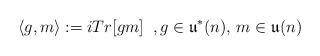
LaTeX: \begin{align*}\langle g , m\rangle := i Tr[gm] \;\; , g\in \mathfrak{u}^*(n), \, m\in \mathfrak{u}(n)\end{align*}